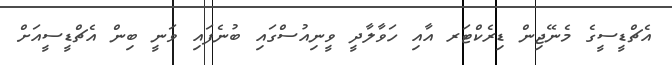
އެޗްޑީސީގެ މެނޭޖިން ޑިރެކްޓަރ އާއި ހަވާލާދީ ވީނިއުސްގައި ބުނެފައި ވަނީ ބިން އެޗްޑީސީއަށް